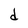
Character: d